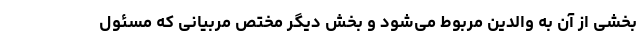
بخشی از آن به والدین مربوط می‌شود و بخش دیگر مختص مربیانی که مسئول